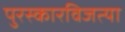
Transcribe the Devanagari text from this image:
पुरस्कारविजत्या